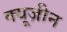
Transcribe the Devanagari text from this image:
क्यूज़ीन